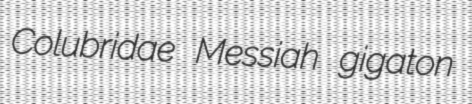
Colubridae Messiah gigaton